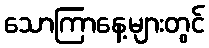
သောကြာနေ့များတွင်